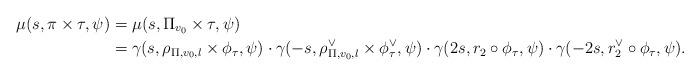
LaTeX: \begin{align*} \mu(s,\pi\times \tau , \psi) &= \mu(s,\Pi_{v_0} \times \tau, \psi) \\ &= \gamma(s, \rho_{\Pi, v_0, l} \times \phi_{\tau}, \psi) \cdot \gamma(-s,\rho_{\Pi, v_0, l}^{\vee} \times \phi^{\vee}_{\tau}, \psi) \cdot \gamma(2s, r_2 \circ \phi_{\tau}, \psi) \cdot \gamma(-2s, r_2^{\vee} \circ \phi_{\tau}, \psi). \end{align*}